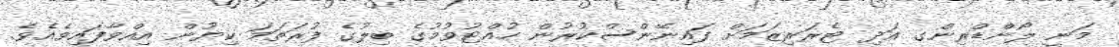
މަނީ ލޯންޑްރިންގ އަދި ޓެރަރިޒަމަށް ފައިނޭންސްކުރުން ހުއްޓުވުމުގެ ބިލުގެ ފުރަތަމަ ކިޔުން އިއްވާފައިވެއެވެ.